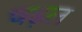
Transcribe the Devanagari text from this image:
चढ़ल